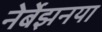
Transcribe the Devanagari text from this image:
नेर्बेझनया